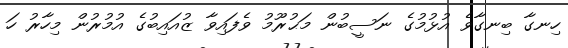
ހިނގާ ބިނގާވެ އުޅުމުގެ ނަސީބުން މަޙުރޫމު ވެފައިވާ ޒުއައިބުގެ އުމުރުން މިހާރު ހަ